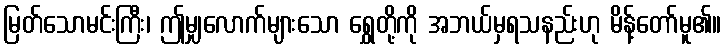
မြတ်သောမင်းကြီး၊ ဤမျှလောက်များသော ရွှေတို့ကို အဘယ်မှရသနည်းဟု မိန့်တော်မူ၏။